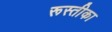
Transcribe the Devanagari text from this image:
रूस्तीका